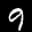
Digit: 9